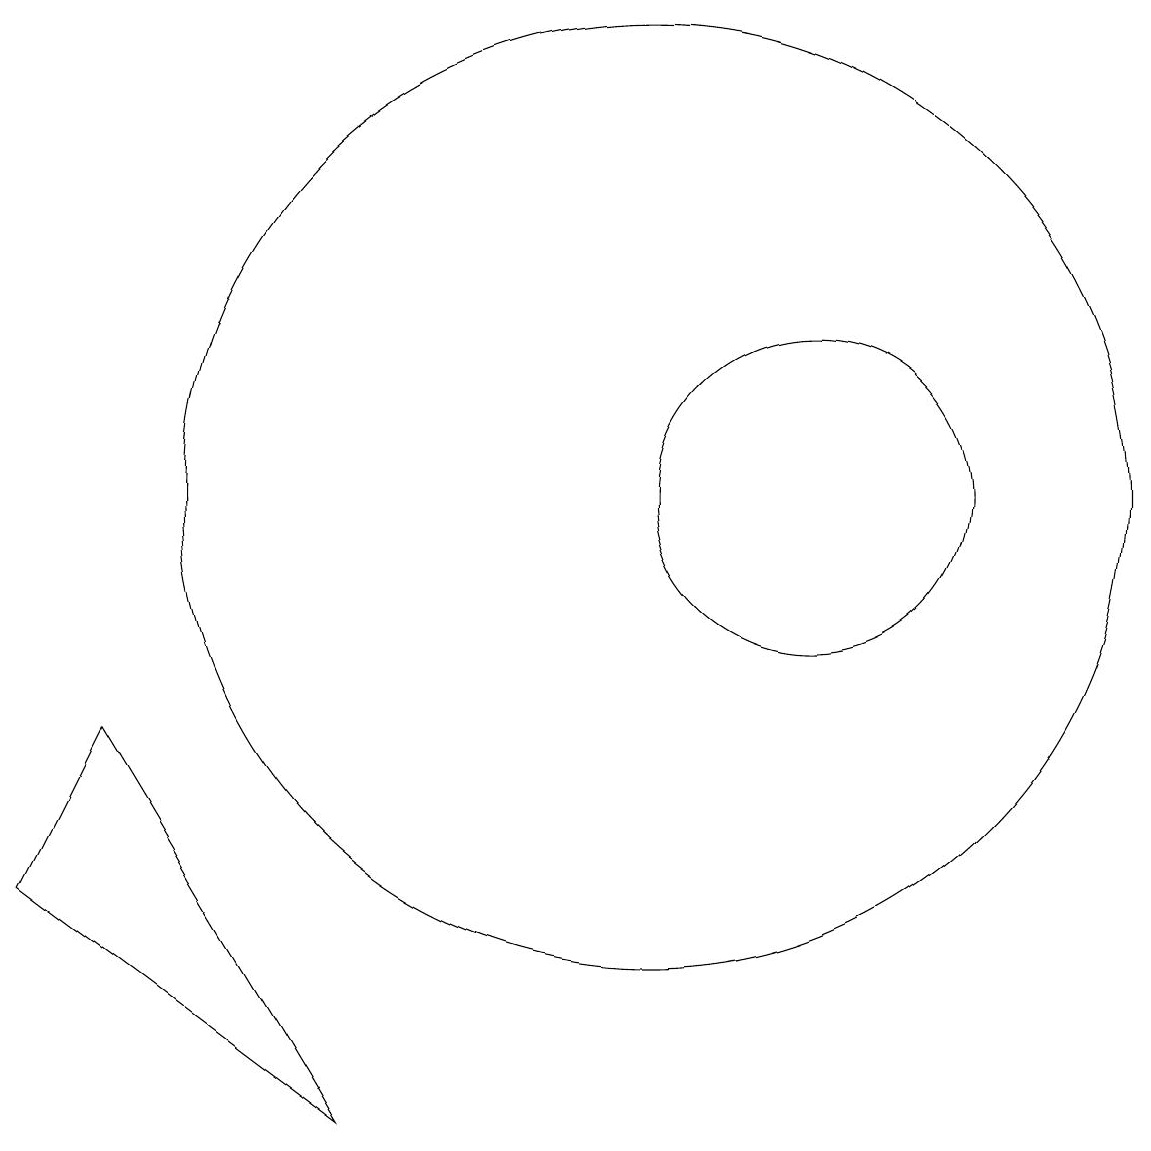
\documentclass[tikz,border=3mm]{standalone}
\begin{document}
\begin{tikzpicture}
\draw (12,11) circle (2);
\draw (10,11) circle (6);
\draw (3,8) -- (2,6) -- (6,3) -- cycle;
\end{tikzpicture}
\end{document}